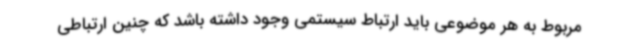
مربوط به هر موضوعی باید ارتباط سیستمی وجود داشته باشد که چنین ارتباطی